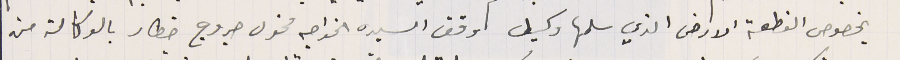
بخصوص القطعة الارض الذي سلمها وكيل وقف السيده الخواجه مخول جروج خطار بالوكالة من